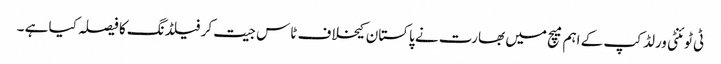
ٹی ٹوئنٹی ورلڈ کپ کے اہم میچ میں بھارت نے پاکستان کیخلاف ٹاس جیت کر فیلڈنگ کا فیصلہ کیا ہے ۔